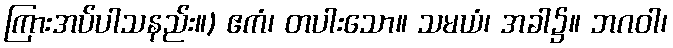
ကြားအပ်ပါသနည်း။) ဧကံ၊ တပါးသော။ သမယံ၊ အခါ၌။ ဘဂဝါ၊